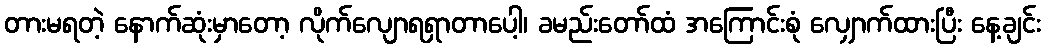
တားမရတဲ့ နောက်ဆုံးမှာတော့ လိုက်လျောရရှာတာပေါ့၊ ခမည်းတော်ထံ အကြောင်းစုံ လျှောက်ထားပြီး နေ့ချင်း